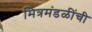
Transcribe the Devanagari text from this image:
मित्रमंडळींची